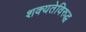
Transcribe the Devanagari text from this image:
शक्यतेविरुद्ध